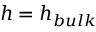
h = h _ { b u l k }